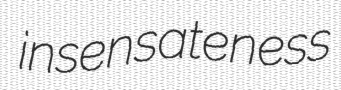
insensateness